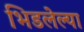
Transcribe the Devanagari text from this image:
भिडलेल्या